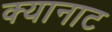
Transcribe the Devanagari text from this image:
क्यानाट